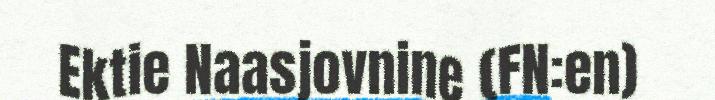
Ektie Naasjovnine (FN:en)